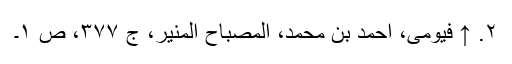
۲. ↑ فیومی، احمد بن محمد، المصباح المنیر، ج ۳۷۷، ص ۱۔